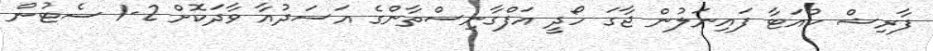
ފާރިޝް ކުއަޓާ ފައިނަލުން ޖާގަ ހޯދީ އަފްގާނިސްތާންގެ އަސަދުއާ ވާދަކޮށް 2-1 ސެޓުން